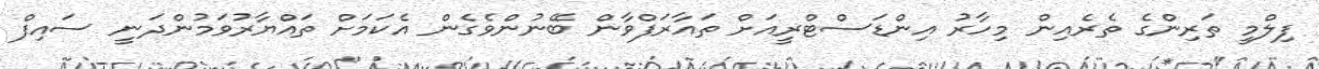
ފިލްމީ ތަރިންގެ ތެރެއިން މިހާރު އިންޑަސްޓްރީއަށް ތައާރަފްވާން ބޭނުންވެގެން އެކަމަށް ތައްޔާރުވަމުންދަނީ ސައިފް